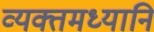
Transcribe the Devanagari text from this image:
व्यक्तमध्यानि